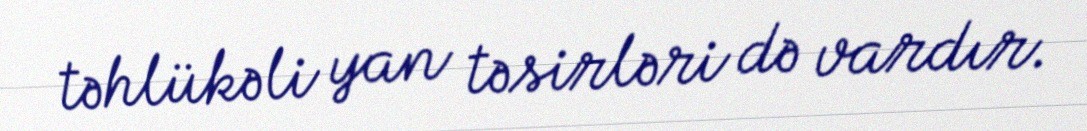
təhlükəli yan təsirləri də vardır.